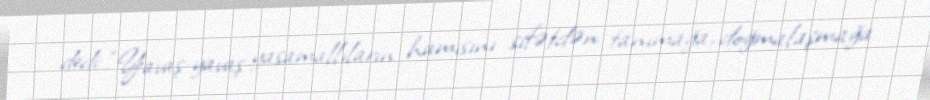
dedi: “Yavaş-yavaş yasamallıların hamısını sifətdən tanımağa, doğmalaşmağa